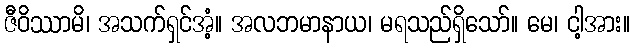
ဇီဝိဿာမိ၊ အသက်ရှင်အံ့။ အလဘမာနာယ၊ မရသည်ရှိသော်။ မေ၊ ငါ့အား။